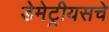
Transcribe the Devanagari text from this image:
डेमेट्रीयसचे